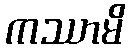
ကဿာမိ